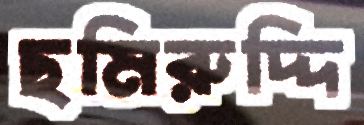
ছমিরুদ্দি